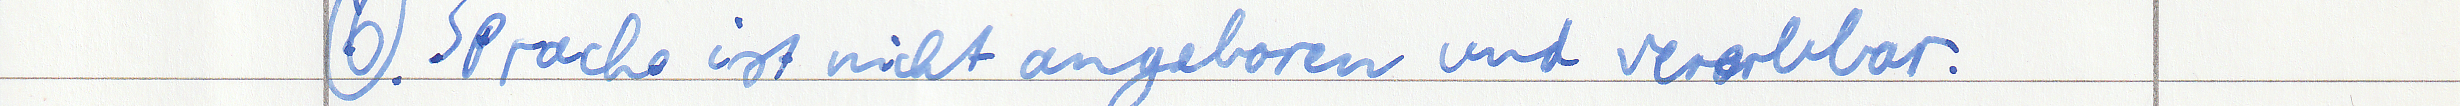
6. Sprache ist nicht angeboren und vererbbar.